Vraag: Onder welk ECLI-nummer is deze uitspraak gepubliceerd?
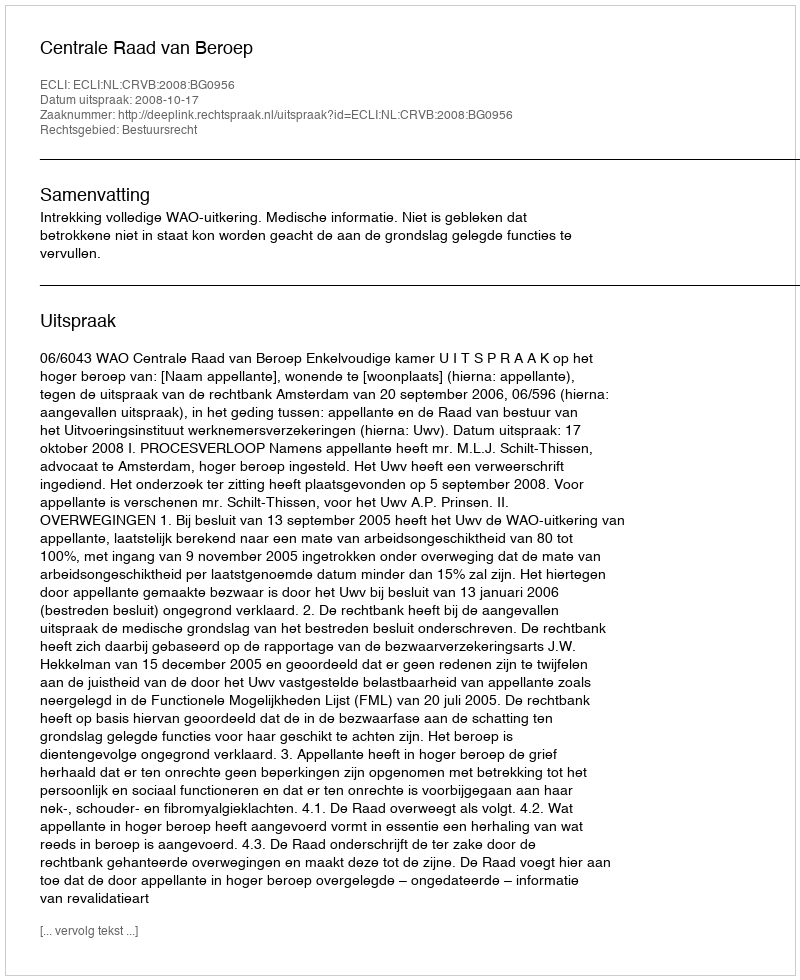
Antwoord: ECLI:NL:CRVB:2008:BG0956